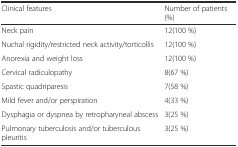
<table><thead><tr><td><b>Clinical features</b></td><td><b>Number of patients (%)</b></td></tr></thead><tbody><tr><td>Neck pain</td><td>12(100 %)</td></tr><tr><td>Nuchal rigidity/restricted neck activity/torticollis</td><td>12(100 %)</td></tr><tr><td>Anorexia and weight loss</td><td>12(100 %)</td></tr><tr><td>Cervical radiculopathy</td><td>8(67 %)</td></tr><tr><td>Spastic quadriparesis</td><td>7(58 %)</td></tr><tr><td>Mild fever and/or perspiration</td><td>4(33 %)</td></tr><tr><td>Dysphagia or dyspnea by retropharyneal abscess</td><td>3(25 %)</td></tr><tr><td>Pulmonary tuberculosis and/or tuberculous pleuritis</td><td>3(25 %)</td></tr></tbody></table>